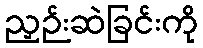
ညှဉ်းဆဲခြင်းကို